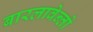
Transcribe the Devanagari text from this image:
बारलावेन्तो